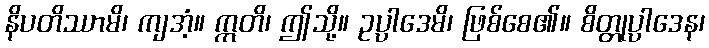
နိပတိဿာမိ၊ ကျအံ့။ ဣတိ၊ ဤသို့။ ဥပ္ပါဒေမိ၊ ဖြစ်စေ၏။ စိတ္တုပ္ပါဒေန၊